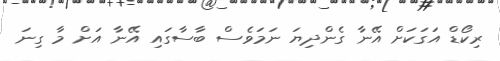
ރިކޯޑް އަގަކަށް އޭނާ ގެންދިޔަ ނަމަވެސް ބާސާގައި އޭނާ އަށް މާ ގިނަ